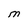
Character: e